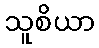
သူစိယာ